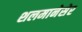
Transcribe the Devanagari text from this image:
शलमानेसेर